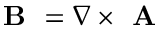
\textbf { B } = \nabla \times \textbf { A }